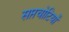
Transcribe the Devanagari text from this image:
सप्तचोटियों